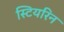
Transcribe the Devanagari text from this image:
स्टियरिन